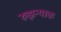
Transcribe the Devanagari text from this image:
रुझन्याक